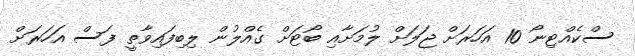
ސްކެއްޓިނޯ 10 އަހަރަށް ޖަލަށް ލުމަށާއި ބޯޓަށް ގެއްލުން ލިބިފައިވާތީ ފަސް އަހަރަށް